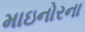
માઇનોરના